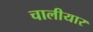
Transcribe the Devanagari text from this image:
चालीयार